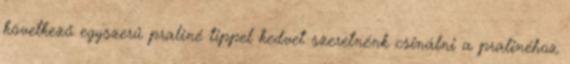
következő egyszerű praliné tippel kedvet szeretnénk csinálni a pralinéhoz